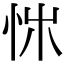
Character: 𢘨